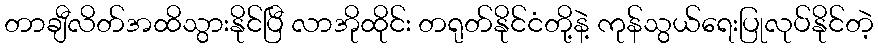
တာချီလိတ်အထိသွားနိုင်ပြီ လာအိုထိုင်း တရုတ်နိုင်ငံတို့နဲ့ ကုန်သွယ်ရေးပြုလုပ်နိုင်တဲ့